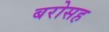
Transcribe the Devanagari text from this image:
बरोसह